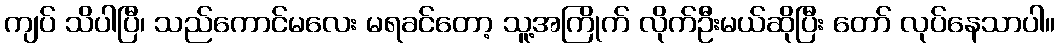
ကျပ် သိပါပြီ၊ သည်ကောင်မလေး မရခင်တော့ သူ့အကြိုက် လိုက်ဦးမယ်ဆိုပြီး တော် လုပ်နေသာပါ။